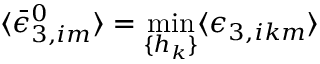
\langle \bar { \epsilon } _ { 3 , i m } ^ { 0 } \rangle = \operatorname* { m i n } _ { \{ h _ { k } \} } \langle \epsilon _ { 3 , i k m } \rangle